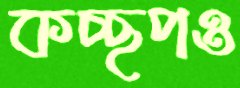
কচ্ছপও